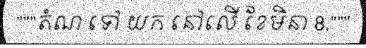
"""តំណ ទៅ យក នៅលើ ខែមិនា 8,"""